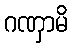
ဂဏှာမိ